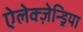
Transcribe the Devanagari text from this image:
ऐलेक्ज़ेन्ड्रिया